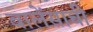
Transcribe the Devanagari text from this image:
वालेंसाची